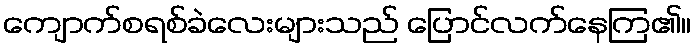
ကျောက်စရစ်ခဲလေးများသည် ပြောင်လက်နေကြ၏။